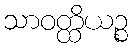
သာဝတ္ထိယဉ္စ